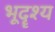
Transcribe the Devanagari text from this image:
भूदॄश्य